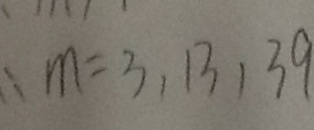
\therefore m = 3 , 1 3 , 3 9